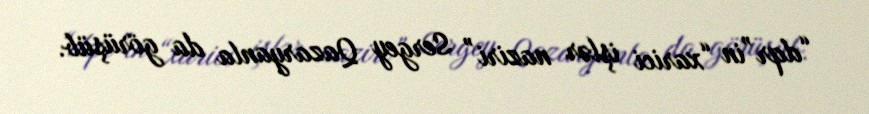
“dqr”in “xarici işlər naziri” Sergey Qazaryanla da görüşüb.